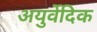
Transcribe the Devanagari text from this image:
अयुर्वेदिक